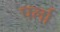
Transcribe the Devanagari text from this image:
पर्ला